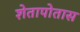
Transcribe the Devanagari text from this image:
शेतापोतास